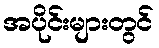
အပိုင်းများတွင်